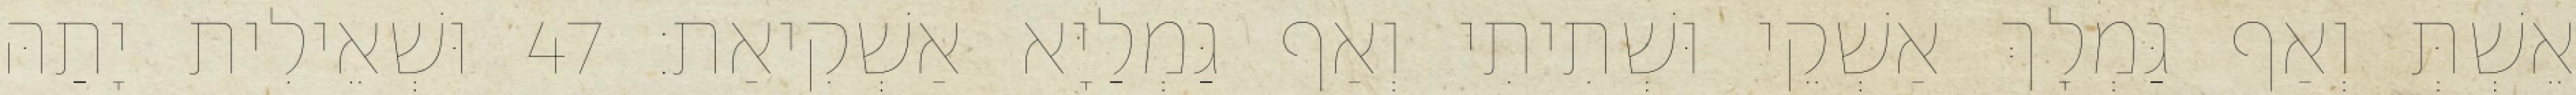
אֵשְׁתְּ וְאַף גַּמְלָךְ אַשְׁקֵי וּשְׁתִיתִי וְאַף גַּמְלַיָּא אַשְׁקִיאַת׃ 47 וּשְׁאֵילִית יָתַהּ